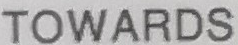
TOWARDS